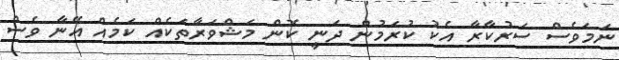
ނަމަވެސް ސަރުކާރާ އެކު ކުރަމުން ދަނީ ކޮން މަޝްވަރާތަކެއް ކަމެއް އޭނާ ވެސް